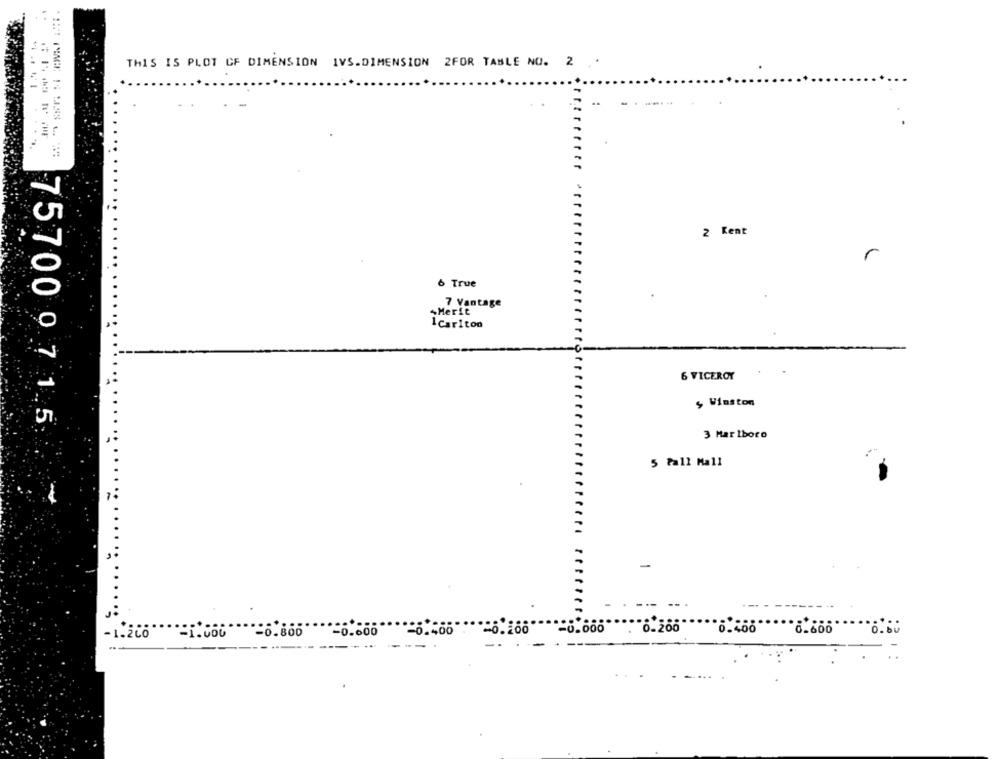
THIS IS PLOT CF DIMENSION IVS.DIMENSION 2FOR TABLE NO. 2 .
2 Kent
r
6 True
7 Vantage
Merit
1Carlton
6 VICEROY
, Winston
75700 0 7 1.5
3 Marlboro
5 Pall Mall
.000"
"8.200
8.600
-1.200
-6.800